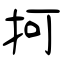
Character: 抲